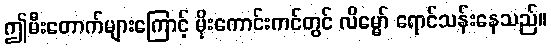
ဤမီးတောက်များကြောင့် မိုးကောင်းကင်တွင် လိမ္မော် ရောင်သန်းနေသည်။